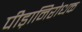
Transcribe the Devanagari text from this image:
पीड़ानिरोधक